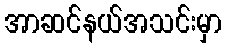
အာဆင်နယ်အသင်းမှာ